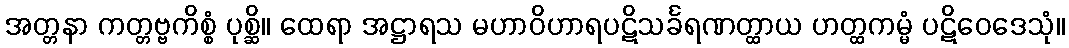
အတ္တနာ ကတ္တဗ္ဗကိစ္စံ ပုစ္ဆိ။ ထေရာ အဋ္ဌာရသ မဟာဝိဟာရပဋိသင်္ခရဏတ္ထာယ ဟတ္ထကမ္မံ ပဋိဝေဒေသုံ။